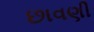
છાવણી